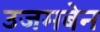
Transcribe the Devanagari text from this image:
उजमबेन